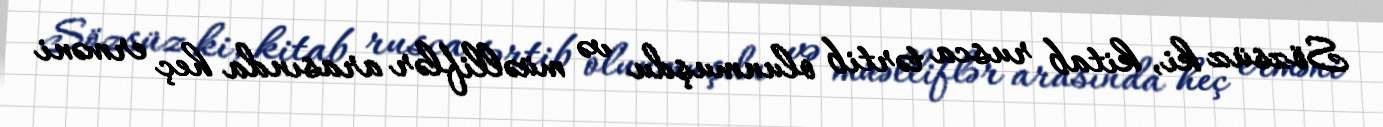
Sözsüz ki, kitab rusca tərtib olunmuşdu və müəlliflər arasında heç erməni